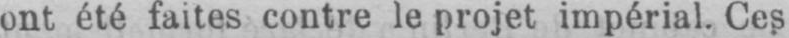
ont été faites contre le projet impérial. Ces